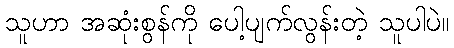
သူဟာ အဆုံးစွန်ကို ပေါ့ပျက်လွန်းတဲ့ သူပါပဲ။